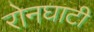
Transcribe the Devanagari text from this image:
रोनघाटी